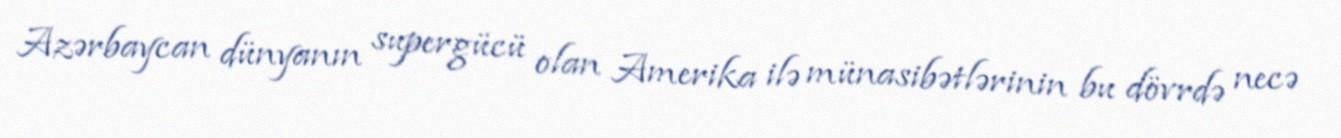
Azərbaycan dünyanın supergücü olan Amerika ilə münasibətlərinin bu dövrdə necə